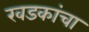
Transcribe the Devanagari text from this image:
खडकांचा